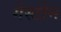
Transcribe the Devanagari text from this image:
गेस्टोन